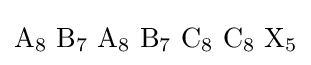
\mathrm {A_{8}\,\,B_{7}\,\,A_{8}\,\,B_{7}\,\,C_{8}\,\,C_{8}\,\,X_{5}}